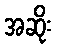
အဆိုး